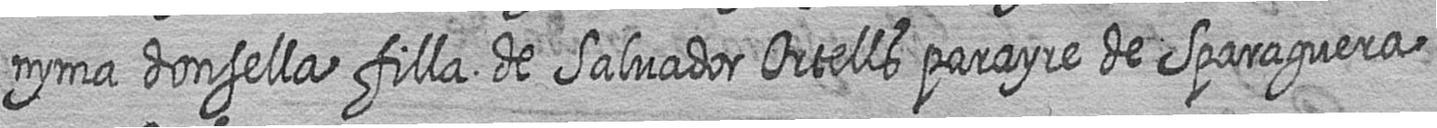
nyma donsella filla de Salvador Ortells parayre de Sparaguera